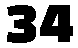
34